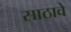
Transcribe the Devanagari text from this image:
साठावे